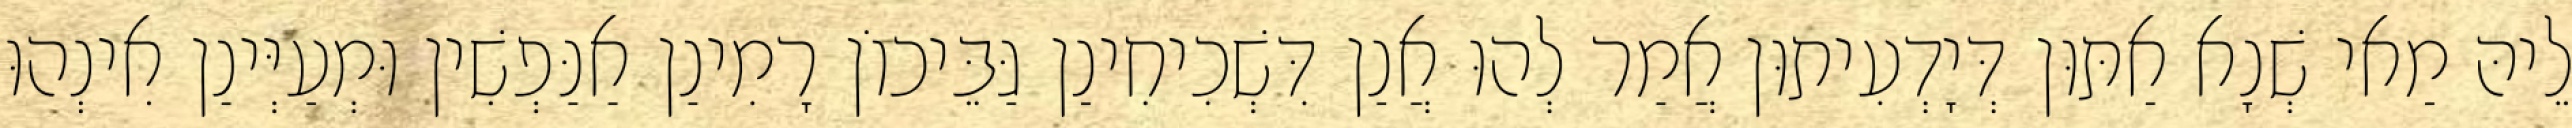
לֵיהּ מַאי שְׁנָא אַתּוּן דְּיָדְעִיתוּן אֲמַר לְהוּ אֲנַן דִּשְׁכִיחִינַן גַּבֵּיכוֹן רָמִינַן אַנַּפְשִׁין וּמְעַיְּינַן אִינְהוּ